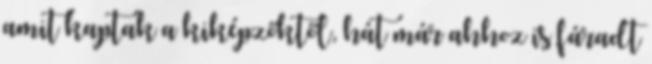
amit kaptak a kiképzőktől, hát már ahhoz is fáradt